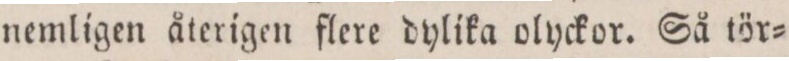
nemligen återigen flere dylika olyckor. Så tör=